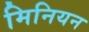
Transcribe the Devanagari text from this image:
मिनियन